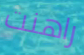
راهنت